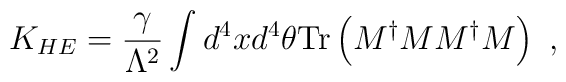
K_{HE} = {\gamma \over {\Lambda^2}}   \int d^4 x d^4 \theta    {\rm Tr} \left( M^{\dag} M M^{\dag} M \right)\ ,